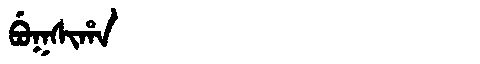
Manchu: ᠪᡠᡴᠰᡳᡥᠠ
Romanization: BUKSIHA